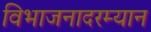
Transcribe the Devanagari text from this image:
विभाजनादरम्यान